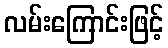
လမ်းကြောင်းဖြင့်